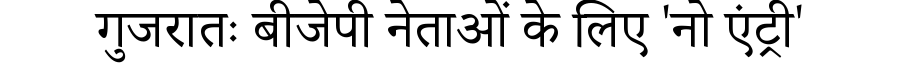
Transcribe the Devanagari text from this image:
गुजरातः बीजेपी नेताओं के लिए 'नो एंट्री'